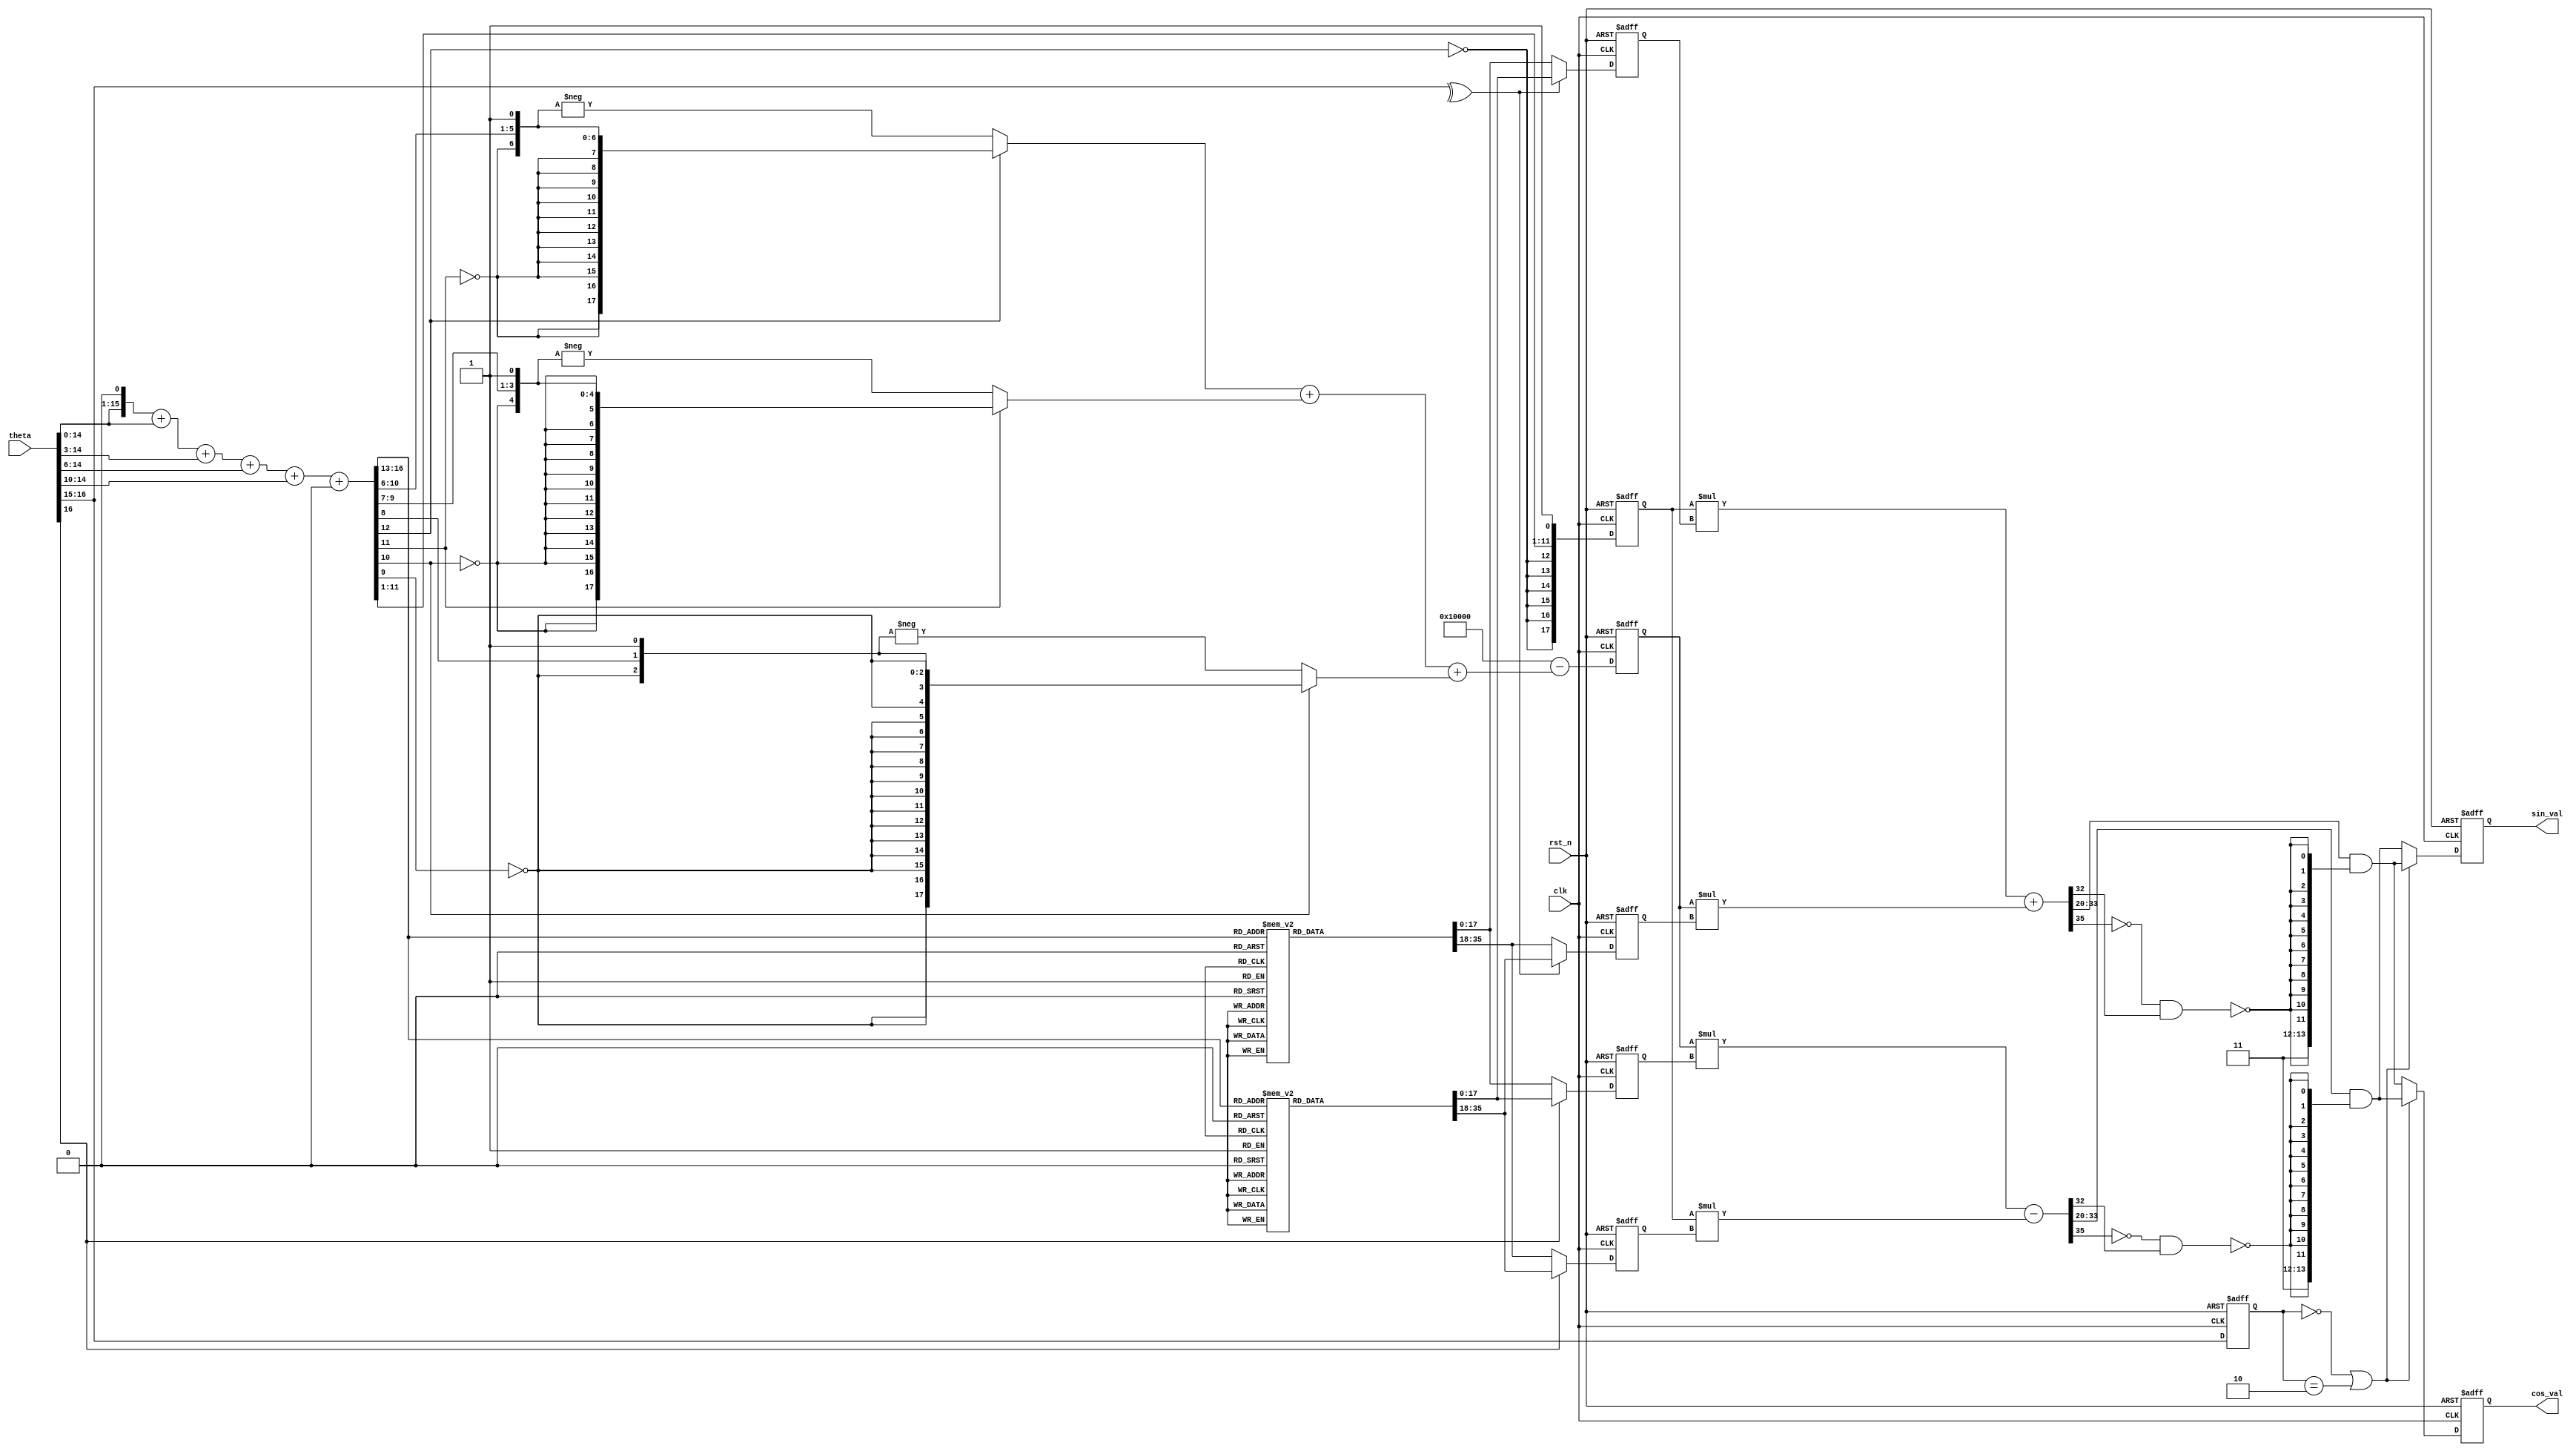
// +FHDR -----------------------------------------------------------------------
// Copyright (c) Silicon Optronics. Inc. 2012
//
//
// File Description:    a. Sine, Cosine generator by single-stage Modified CORDIC method
//                      b. Input degree
//                         deg  90: 0x08000
//                         deg 180: 0x10000
//                         deg 270: 0x18000
//                      c. Output value: "1" = 0x1000; "-1" = 0x3000 with 1 LSB error
//                      d. Latency: 2 clk cycles
//
// -FHDR -----------------------------------------------------------------------

module  ip_sincos_gen

#(
parameter                       PCSION          = 16+2,     // signed + 1.16
parameter                       DEG_WD         = 15+2      // 2 (quadrant) + 15 (degree)
 )

(
//----------------------------------------------------------//
// Output declaration                                       //
//----------------------------------------------------------//

output reg signed [PCSION-5 :0] sin_val,                    // sin value: PCISION-4
output reg signed [PCSION-5 :0] cos_val,                    // cos value: PCISION-4

//----------------------------------------------------------//
// Input declaration                                        //
//----------------------------------------------------------//

input             [DEG_WD-1:0]  theta,                      // degree.
input                           clk,                        // clk clock domain
input                           rst_n                       // active low reset @ clk clock domain
);

//----------------------------------------------------------//
// REG/Wire declaration                                     //
//----------------------------------------------------------//

reg  signed [17:0]              sin_itr_m4;                 // data for CORDIC iteration step 4 @ sin item
reg  signed [17:0]              sin_itr_n4;                 // data for CORDIC iteration step 4 @ sin item
reg  signed [17:0]              cos_itr_m4;                 // data for CORDIC iteration step 4 @ cos item
reg  signed [17:0]              cos_itr_n4;                 // data for CORDIC iteration step 4 @ cos item
reg  signed [PCSION-1:0]        cordic_k1;                  // CORDIC constant 1
reg  signed [PCSION-1:0]        cordic_k2;                  // CORDIC constant 2
reg         [1:0]               quadrant_q1;                //
// Combinational logic
reg  signed [17:0]              itr_m4_p;                   // s1.16; data for CORDIC iteration step 4
reg  signed [17:0]              itr_n4_p;                   // s1.16; data for CORDIC iteration step 4
reg  signed [17:0]              itr_m4_n;                   // s1.16; inverse data for CORDIC iteration step 4
reg  signed [17:0]              itr_n4_n;                   // s1.16; inverse data for CORDIC iteration step 4


wire        [DEG_WD-1:0]        theta_rad;                  // theta in radian (0~pi/2)
wire        [3:0]               tbl_idx;                    // index for Table of CORDIC iteration step 4
wire        [1:0]               quadrant;                   // 0: quadrant 1; 1: quadrant 2; 2: quadrant 3; 3: quadrant 4;
wire signed [PCSION-1:0]        k2_tmp0;                    // temp item 0 for cordic_k2
wire signed [PCSION-1:0]        k2_tmp1;                    // temp item 1 for cordic_k2
wire signed [PCSION-1:0]        k2_tmp2;                    // temp item 2 for cordic_k2
wire signed [PCSION-1:0]        k2_0;                       // item 0 for cordic_k2
wire signed [PCSION-1:0]        k2_1;                       // item 1 for cordic_k2
wire signed [PCSION-1:0]        k2_2;                       // item 2 for cordic_k2
wire signed [PCSION+18-1:0]     sin_prod;                   // result product of sin operation
wire signed [PCSION+18-1:0]     cos_prod;                   // result product of cos operation
wire                            sin_signbit;                // signed bit of sin_prod
wire                            cos_signbit;                // signed bit of cos_prod
wire                            sin_msb;                    // MSB (integer part) of sin_val
wire                            cos_msb;                    // MSB (integer part) of cos_val
wire signed [PCSION-1:0]        sin_val_trim;               // sin value trimming
wire signed [PCSION-1:0]        cos_val_trim;               // cos value trimming
wire signed [PCSION-1:0]        cordic_k1_nxt;
wire signed [PCSION-1:0]        cordic_k2_nxt;
wire signed [PCSION-1:0]        sin_val_nxt;
wire signed [PCSION-1:0]        cos_val_nxt;
wire signed [17:0]              sin_itr_m4_nxt;
wire signed [17:0]              sin_itr_n4_nxt;
wire signed [17:0]              cos_itr_m4_nxt;
wire signed [17:0]              cos_itr_n4_nxt;


//----------------------------------------------------------//
// Code Descriptions                                        //
//----------------------------------------------------------//

// Convert theta into degreee with radian theta*0xc910
// + (1'b1 >> 15) for rounding
assign  theta_rad = ((theta[DEG_WD-3:0] << 1) +
                     (theta[DEG_WD-3:0])      +  (theta[DEG_WD-3:0] >> 3)  +
                     (theta[DEG_WD-3:0] >> 6) +  (theta[DEG_WD-3:0] >> 10) + (1'b1 >> 15)) >> 1;

assign  quadrant = theta[DEG_WD-1 : DEG_WD-2];

assign  tbl_idx = theta_rad[15:12];

always@* begin
   itr_m4_p = 0;
   itr_n4_p = 0;
case (tbl_idx) // synopsys full_case
4'b0000: begin itr_m4_p = 65366;  itr_n4_p = 4090;  end
4'b0001: begin itr_m4_p = 64346;  itr_n4_p = 12207; end
4'b0010: begin itr_m4_p = 62322;  itr_n4_p = 20134; end
4'b0011: begin itr_m4_p = 59325;  itr_n4_p = 27747; end
4'b0100: begin itr_m4_p = 55403;  itr_n4_p = 34927; end
4'b0101: begin itr_m4_p = 50616;  itr_n4_p = 41562; end
4'b0110: begin itr_m4_p = 45040;  itr_n4_p = 47548; end
4'b0111: begin itr_m4_p = 38760;  itr_n4_p = 52792; end
4'b1000: begin itr_m4_p = 31876;  itr_n4_p = 57213; end
4'b1001: begin itr_m4_p = 24494;  itr_n4_p = 60741; end
4'b1010: begin itr_m4_p = 16730;  itr_n4_p = 63320; end
4'b1011: begin itr_m4_p = 8705;   itr_n4_p = 64912; end
4'b1100: begin itr_m4_p = 544;    itr_n4_p = 65491; end
//useless items
//4'b1101: begin itr_m4_p = -7625;  itr_n4_p = 65048; end
//4'b1110: begin itr_m4_p = -15675; itr_n4_p = 63590; end
//4'b1111: begin itr_m4_p = -23481; itr_n4_p = 61139; end
endcase
end

always@* begin
   itr_m4_n = 0;
   itr_n4_n = 0;
case (tbl_idx) // synopsys full_case
4'b0000: begin itr_m4_n = -65366;  itr_n4_n = -4090;  end
4'b0001: begin itr_m4_n = -64346;  itr_n4_n = -12207; end
4'b0010: begin itr_m4_n = -62322;  itr_n4_n = -20134; end
4'b0011: begin itr_m4_n = -59325;  itr_n4_n = -27747; end
4'b0100: begin itr_m4_n = -55403;  itr_n4_n = -34927; end
4'b0101: begin itr_m4_n = -50616;  itr_n4_n = -41562; end
4'b0110: begin itr_m4_n = -45040;  itr_n4_n = -47548; end
4'b0111: begin itr_m4_n = -38760;  itr_n4_n = -52792; end
4'b1000: begin itr_m4_n = -31876;  itr_n4_n = -57213; end
4'b1001: begin itr_m4_n = -24494;  itr_n4_n = -60741; end
4'b1010: begin itr_m4_n = -16730;  itr_n4_n = -63320; end
4'b1011: begin itr_m4_n = -8705;   itr_n4_n = -64912; end
4'b1100: begin itr_m4_n = -544;    itr_n4_n = -65491; end
//useless items
//4'b1101: begin itr_m4_n = 7625;  itr_n4_n = -65048; end
//4'b1110: begin itr_m4_n = 15675; itr_n4_n = -63590; end
//4'b1111: begin itr_m4_n = 23481; itr_n4_n = -61139; end
endcase
end

// Original equation
//assign  cordic_k1 = $signed({1'b0,theta_rad[11:0], 1'b0}) - $signed({1'b0,12'hfff});
//assign  k2_tmp0 = $signed({1'b0, theta_rad[10:5], 1'b0}) - $signed({1'b0,6'h3f});
//assign  k2_tmp1 = $signed({1'b0, theta_rad[ 9:6], 1'b0}) - $signed({1'b0,4'hf});
//assign  k2_tmp2 = $signed({1'b0, theta_rad[ 8:7], 1'b0}) - $signed({1'b0,2'h3});
// Reduce to following equations

assign  cordic_k1_nxt = $signed({~theta_rad[11], theta_rad[10:0], 1'b1});

assign  k2_tmp0 = $signed({~theta_rad[10], theta_rad[9:5], 1'b1});
assign  k2_tmp1 = $signed({~theta_rad[ 9], theta_rad[8:6], 1'b1});
assign  k2_tmp2 = $signed({~theta_rad[ 8], theta_rad[  7], 1'b1});
assign  k2_0    = $signed(theta_rad[11] ? k2_tmp0 : -k2_tmp0);
assign  k2_1    = $signed(theta_rad[10] ? k2_tmp1 : -k2_tmp1);
assign  k2_2    = $signed(theta_rad[ 9] ? k2_tmp2 : -k2_tmp2);

assign  cordic_k2_nxt = $signed({1'b0, 1'b1, {(PCSION-2){1'b0}}} - (k2_0+k2_1+k2_2));

// Quadrant selection
// Quadrsnt 2: cos(90 +theta) = -sin(theta)
// Quadrsnt 3: sin(180+theta) = -sin(theta); cos(180+theta) = -cos(theta)
// Quadrsnt 4: sin(270+theta) = -cos(theta)

assign  sin_itr_m4_nxt = ^quadrant   ? $signed({1'b0,itr_m4_n}) : $signed({1'b0,itr_m4_p});
assign  sin_itr_n4_nxt = ^quadrant   ? $signed({1'b0,itr_n4_n}) : $signed({1'b0,itr_n4_p});
assign  cos_itr_m4_nxt = quadrant[1] ? $signed({1'b0,itr_m4_n}) : $signed({1'b0,itr_m4_p});
assign  cos_itr_n4_nxt = quadrant[1] ? $signed({1'b0,itr_n4_n}) : $signed({1'b0,itr_n4_p});

// Final Butterfly unit
// s1.(PCISION-2) * s1.16 + s1.(PCISION-2) * s1.16
assign  sin_prod = cordic_k1 * sin_itr_m4 + cordic_k2 * sin_itr_n4;
assign  cos_prod = cordic_k2 * cos_itr_m4 - cordic_k1 * cos_itr_n4;

assign  sin_signbit = sin_prod[PCSION+18-1];
assign  cos_signbit = cos_prod[PCSION+18-1];
assign  sin_msb     = sin_prod[PCSION-2+18-2];
assign  cos_msb     = cos_prod[PCSION-2+18-2];

assign  sin_val_trim = $signed(sin_prod[16+4 +: PCSION-4] & {2'b11, {PCSION-6{~(~sin_signbit & sin_msb)}}});
assign  cos_val_trim = $signed(cos_prod[16+4 +: PCSION-4] & {2'b11, {PCSION-6{~(~cos_signbit & cos_msb)}}});

// Quadrant selection
// Quadrsnt 2: sin( 90+theta) =  cos(theta); cos( 90+theta) = -sin(theta)
// Quadrsnt 4: sin(270+theta) = -cos(theta); cos(270+theta) =  sin(theta)

assign  sin_val_nxt = quadrant_q1 == 0 || quadrant_q1 == 2 ? sin_val_trim : cos_val_trim;
assign  cos_val_nxt = quadrant_q1 == 0 || quadrant_q1 == 2 ? cos_val_trim : sin_val_trim;


// Sequential Logic
// -----------------------------------------------

always@(posedge clk or negedge rst_n)begin
   if(~rst_n) begin
      sin_val       <= $signed({PCSION{1'b0}});
      cos_val       <= $signed({PCSION{1'b0}});
      sin_itr_m4    <= $signed({18{1'b0}});
      sin_itr_n4    <= $signed({18{1'b0}});
      cos_itr_m4    <= $signed({18{1'b0}});
      cos_itr_n4    <= $signed({18{1'b0}});
      cordic_k1     <= $signed({PCSION{1'b0}});
      cordic_k2     <= $signed({PCSION{1'b0}});
      quadrant_q1   <= 0;
   end
   else begin
      sin_val       <= sin_val_nxt;
      cos_val       <= cos_val_nxt;
      sin_itr_m4    <= sin_itr_m4_nxt;
      sin_itr_n4    <= sin_itr_n4_nxt;
      cos_itr_m4    <= cos_itr_m4_nxt;
      cos_itr_n4    <= cos_itr_n4_nxt;
      cordic_k1     <= cordic_k1_nxt;
      cordic_k2     <= cordic_k2_nxt;
      quadrant_q1   <= quadrant;
   end
end

endmodule